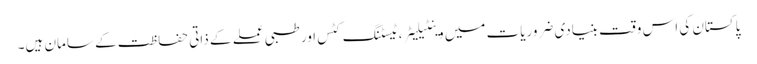
پاکستان کی اس وقت بنیادی ضروریات میں وینٹیلیٹر، ٹیسٹنگ کٹس اور طبی عملے کے ذاتی حفاظت کے سامان ہیں۔